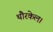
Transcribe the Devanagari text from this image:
थौरकेल।